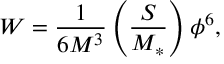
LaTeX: W = \frac { 1 } { 6 M ^ { 3 } } \left( \frac { S } { M _ { * } } \right) \phi ^ { 6 } ,